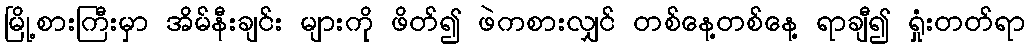
မြို့စားကြီးမှာ အိမ်နီးချင်း များကို ဖိတ်၍ ဖဲကစားလျှင် တစ်နေ့တစ်နေ့ ရာချီ၍ ရှုံးတတ်ရာ